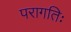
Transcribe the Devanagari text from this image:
परागतिः